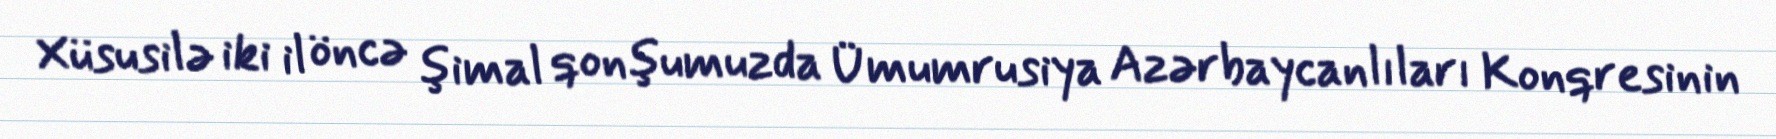
Xüsusilə iki il öncə şimal qonşumuzda Ümumrusiya Azərbaycanlıları Konqresinin